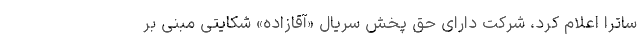
ساترا اعلام کرد، شرکت دارای حق پخش سریال «آقازاده» شکایتی مبنی بر